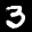
Digit: 3